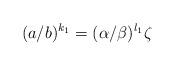
LaTeX: \begin{align*} (a/b)^{k_1}=(\alpha/\beta)^{l_1}\zeta\end{align*}